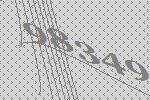
98349